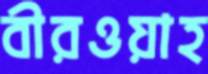
বীরওয়াহ